Vital statistics of India. Vol. VI, European troops 1870-79
Year: 1870
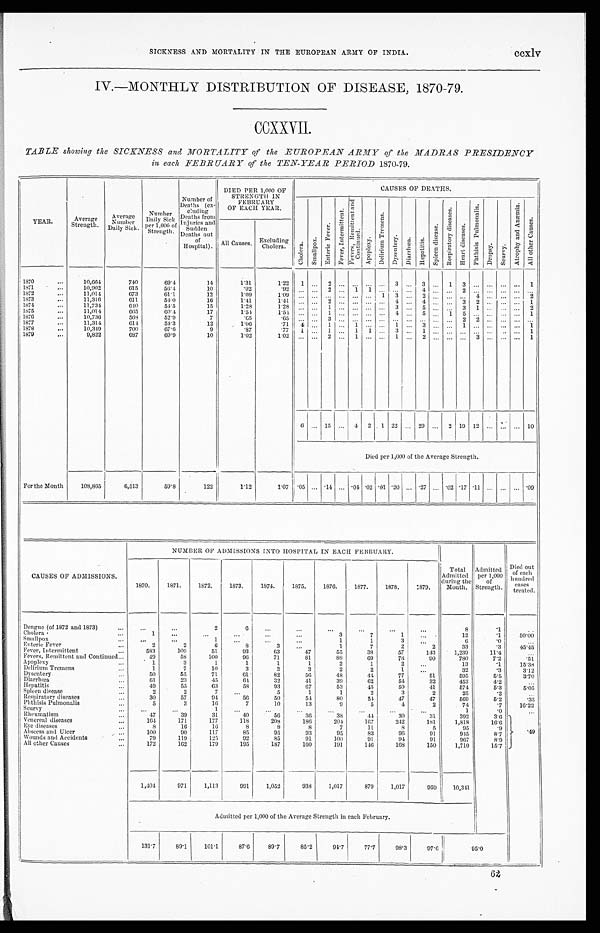
ecxlv
SICKNESS AND MORTALITY IN THE EUROPEAN ARMY OF INDIA.
IV.—MONTHLY DISTRIBUTION OF DISEASE, 1870-79.
CCXXVII.
TABLE showing the SICKNESS and MORTALITY of the EUROPEAN ARMY of the MADRAS PRESIDENCY
in each FEBRUARY of the TEN-YEAR PERIOD 1870-79.
YEAR.
Average
Strength.
A v e r a g e N u m b e r
Daily Sick.
Number
Daily Sick
per 1,000 of
Strength.
Number of
Deaths
( e x -
cluding
Deaths from
Injuries and
sudden
Deaths out
of
Hospital).
DIED PER 1,000 OF
STRENGTH IN
FEBRUARY
OF EACH YEAR.
CAUSES OF DEATHS.
C h o l e r a .
S m a l l p o x .
E n t e r i c F e v e r .
F e v e r , I n t e r m i t t e n t .
F e v e r , R e m i t t e n t a n d C o n t i n u e d .
A p o p l e x y .
D e l i r i u m t r e m e a n s .
Dys ent er y.
D i a r r h œ a . H e p a t i t i s .
S p l e e n d i s e a s e .
R e s p i r a t o r y d i s e a s e s .
H e a r t d i s e a s e s .
P h t h i s i s P u l m o n a l i s .
D r o p s y .
S c u r v y .
A t r o p h y a n d A n æ m i a .
A l l o t h e r C a u s e s .
All Causes. Excluding
Cholera.
1870
. . .
10,664
740
69.4
14
1.31
1 . 2 2 1
. . .
2 ...
. . .
. . .
. . .
3
. . . 3
. . . 1 3
. . .
. . .
. . . . . .
1
1871
...
10,902
615
50.4
10
.92
. 9 2 ...
. . .
2 ...
1
1
. . .
...
. . . 4
. . . . . . 2
. . .
. . .
. . . . . .
. . .
1872
...
11,014
673
61.1
12
1.09
1.09
. . .
. . .
. . . ... ... ... 1 3 ... 2 ... ... ... 4
. . .
. . . . . .
2
1873
. . .
11,316
611
54.0
16
1.41
1.41 . . ... 2 ... ... ...
. . . 4
. . . 4
. . .
. . .
3
2
. . .
. . .
. . . 1
1874
...
11,734
640
54.5
15
1.28
1.28 ...
. . .
1 ...
. . . . . .
. . .
3
. . . 5
. . .
. . . 3 1 ...
. . .
. . . 2
1875
...
11,014
665
60.4
17
1.54
1.54
. . .
. . . 1 ...
. . . . . .
. . . 4
. . . 5
. . . 1 5
. . .
. . .
. . .
. . . 1
1876
...
10,736
568
52.9
7
. 6 5
. 6 5 . . .
. . . 3 ...
. . . . . .
. . .
...
. . . . . .
. . . ... 2 2
. . .
. . . ...
. . .
1877
...
11,314
614
54.3
12
1.06
.71
4
. . . 1 ... 1 ...
. . . 1 ... 3
. . .
. . . 1
. . .
. . .
. . .
. . . 1
1878
...
10,349
700
67.6
9
.87
.77
1
. . . 1 .., 1 1
. . .
3
. . . 1
. . .
. . .
...
. . .
. . .
. . .
. . . 1
1879
. . .
9,822
687
69.9
10
1.02
1.02
. . .
...
2 ...
1 ...
. . .
1
. . . 2
. . .
. . .
...
3
. . . ... ...
1
6 ... 15 ...
4 2 1 22 ... 29 ... 2 19 12 ...
. . . ... 10
Died per 1,000 of the Average Strength.
For the Month
108,865
6,513
59.8
122
1.12
1.07
. 05 ... .14
.04 .02 .01 .20 ...
. 2 7 . . . .02 .17 .11
. . .
. . .
. . .
. 0 9
NUMBER OF ADMISSIONS INTO HOSPITAL IN EACH FEBRUARY.
CAUSES OF ADMISSIONS.
1870.
1871.
1872.
1873.
1874.
1875.
1876,
1877.
1878.
1879.
Total
Admitted
during the
Mouth.
Admitted
per 1,000
o f
Strength.
Died out
of each
hundred
cases
treated.
Dengue (of 1872 and 1873)
...
...
. . .
2
6
...
...
...
. . .
...
...
8
.1
. .
Cholera
...
1
•••
. . .
...
. . .
. . .
3
7
1
...
12
.1
50.00
Small pox
. . . ...
. . .
1
. . .
. . .
...
1
1
3
. . .
6
.0
...
Enteric Fever
...
2
2
6
8
3
...
1
7
2
2
33
.3
45.45
Fever, Intermittent
...
5S3
109
51
93
63
47
55
38
57
143
1,239
11.4
. . .
Fevers, Remittent and Continued
. . .
49
58
100
96
71
81
88
69
78
90
780
7.2
.51
Apoplexy
...
1
3
1
1
1
1
2
1
2
. . .
13
.1
15.38
Delirium Tremens
. . .
1
7
10
3
3
3
2
2
1
. . .
32
.3
3.12
Dysentery
...
50
55
71
61
82
56
48
44
77
51
595
5.5
3.70
Diarrha
. . .
61
23
45
64
32
41
39
62
54
32
453
4.2
. . .
Hepatitis
...
49
55
63
58
93
67
53
45
50
41
574
5.3
5.05
Spleen disease
. . .
2
2
7
...
5
1
1
2
3
2
25
.2
...
Respiratory diseases
. . .
30
57
94
56
50
54
80
54
47
47
569
5.2
.35
Phthisis Pulmonalis
...
5
3
16
7
10
13
9
5
4
2
74
.7
16.22
S curvy
. . .
...
_.
1
. . .
-.
. . .
._
. . .
. . .
. . .
1
.0
...
Rheumatism
. . .
47
39
31
40
56
36
38
4 4
30
31
392
3.6
Venereal diseases
. . .
164
171
177
118
208
186
204,
167
242
181
1,818
16.6
Eye diseases
. . .
8
16
10
8
8
8
7
11
8
5
95
.9
.49
Abscess and Ulcer
. . .
100
90
117
85
95
93
95
83
96
91
915
8.7
Wounds and Accidents
. . .
79
119
125
92
85
91
100
91
94
91
967
8.9
All other Causes
...
172
162
179
195
187
160
191
146
168
150
1,710
15.7
1,404
971
1,113
991
1,052
938
1,017
879
1,017 959 10,341
Admitted per 1,000 of the Average Strength in each February.
131.7
89.1
101.1
87.6
89.7
85.2
94.7
77.7
98.3
97.6
95.0
62